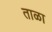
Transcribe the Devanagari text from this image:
ताळा